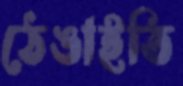
ঠেঙাইতি